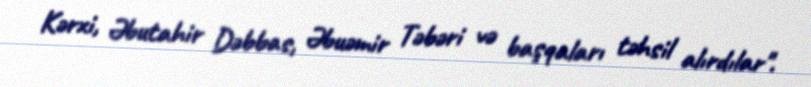
Kərxi, Əbutahir Dəbbas, Əbuəmir Təbəri və başqaları təhsil alırdılar".